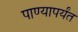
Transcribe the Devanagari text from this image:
पाण्यापर्यंत